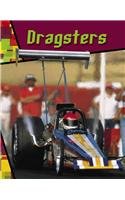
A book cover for Dragsters (Wild Rides!); Kathleen W. Deady; Children's Books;